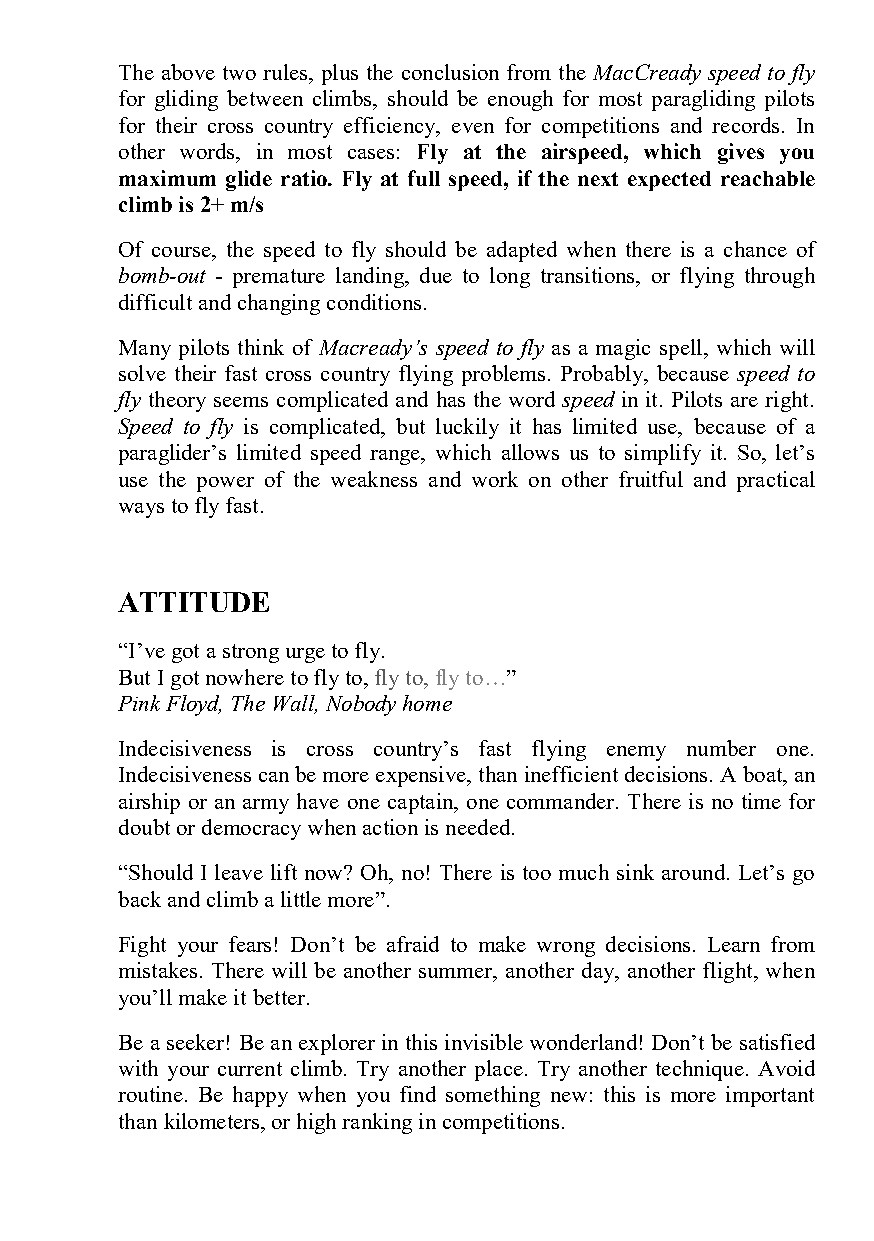
The above two rules, plus the conclusion from the MacCready speed to fly
 for gliding between climbs, should be enough for most paragliding pilots
 for their cross country efficiency, even for competitions and records. In
 other words, in most cases: Fly at the airspeed, which gives you
 maximum glide ratio. Fly at full speed, if the next expected reachable
 climb is 2+ m/s
 Of course, the speed to fly should be adapted when there is a chance of
 bomb-out - premature landing, due to long transitions, or flying through
 difficult and changing conditions.
 Many pilots think of Macready’s speed to fly as a magic spell, which will
 solve their fast cross country flying problems. Probably, because speed to
 fly theory seems complicated and has the word speed in it. Pilots are right.
 Speed to fly is complicated, but luckily it has limited use, because of a
 paraglider’s limited speed range, which allows us to simplify it. So, let’s
 use the power of the weakness and work on other fruitful and practical
 ways to fly fast.
 ATTITUDE
 “I’ve got a strong urge to fly.
 But I got nowhere to fly to, fly to, fly to…”
 Pink Floyd, The Wall, Nobody home
 Indecisiveness is cross country’s fast flying enemy number one.
 Indecisiveness can be more expensive, than inefficient decisions. A boat, an
 airship or an army have one captain, one commander. There is no time for
 doubt or democracy when action is needed.
 “Should I leave lift now? Oh, no! There is too much sink around. Let’s go
 back and climb a little more”.
 Fight your fears! Don’t be afraid to make wrong decisions. Learn from
 mistakes. There will be another summer, another day, another flight, when
 you’ll make it better.
 Be a seeker! Be an explorer in this invisible wonderland! Don’t be satisfied
 with your current climb. Try another place. Try another technique. Avoid
 routine. Be happy when you find something new: this is more important
 than kilometers, or high ranking in competitions.